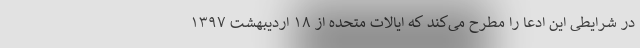
در شرایطی این ادعا را مطرح می‌کند که ایالات متحده از ۱۸ اردیبهشت ۱۳۹۷